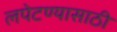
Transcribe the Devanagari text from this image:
लपेटण्यासाठी